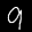
Label: 9